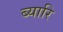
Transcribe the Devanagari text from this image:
ब्यारि